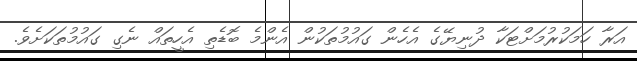
އަރާ ހަމަކުރުމަށްޓަކާ ދުނިޔޭގެ އެހެން ގައުމުތަކުން އެންމެ ބޮޑެތި އެހީތައް ނެގި ގައުމުތަކަށެވެ.